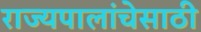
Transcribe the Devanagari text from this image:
राज्यपालांचेसाठी